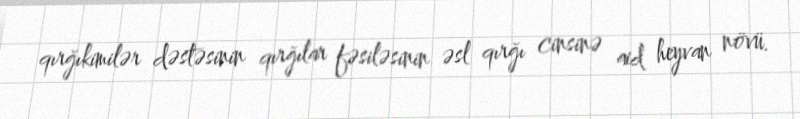
qırğıkimilər dəstəsinin qırğılar fəsiləsinin əsl qırğı cinsinə aid heyvan növü.